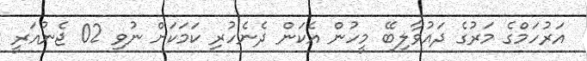
އަރުހަމްގެ މަރުގެ ދައުވާލިބޭ މީހުން އެކަން ދެނެހުރި ކަމަކަށް ނުވި 02 ޖެނުއަރީ